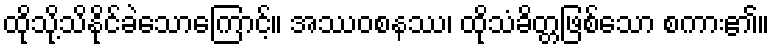
ထိုသို့သိနိုင်ခဲသောကြောင့်။ အဿဝစနဿ၊ ထိုသံခိတ္တဖြစ်သော စကား၏။